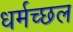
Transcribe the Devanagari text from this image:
धर्मच्छल